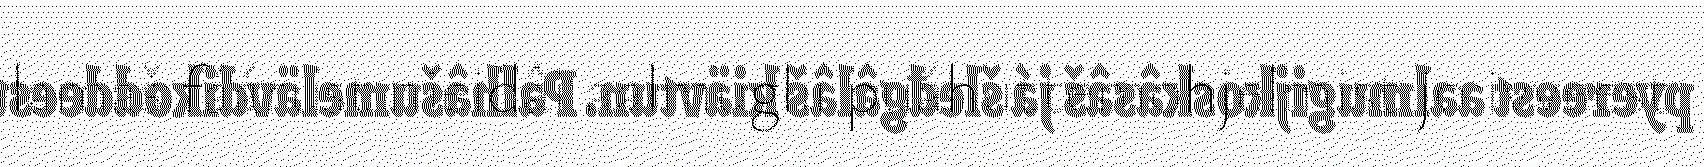
lamaš fáárust nieidâi aalmuglii puáhuttemohjelmist jo ivveest